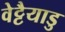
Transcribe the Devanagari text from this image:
वेट्टैयाडु